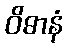
ဝိဓာနံ